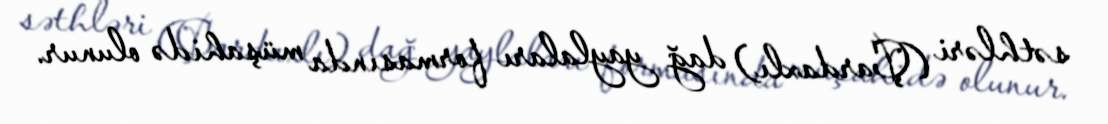
səthləri (Çardaxlı) dağ yaylaları formasında müşahidə olunur.